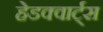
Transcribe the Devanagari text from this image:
हेडक्वार्ट्स